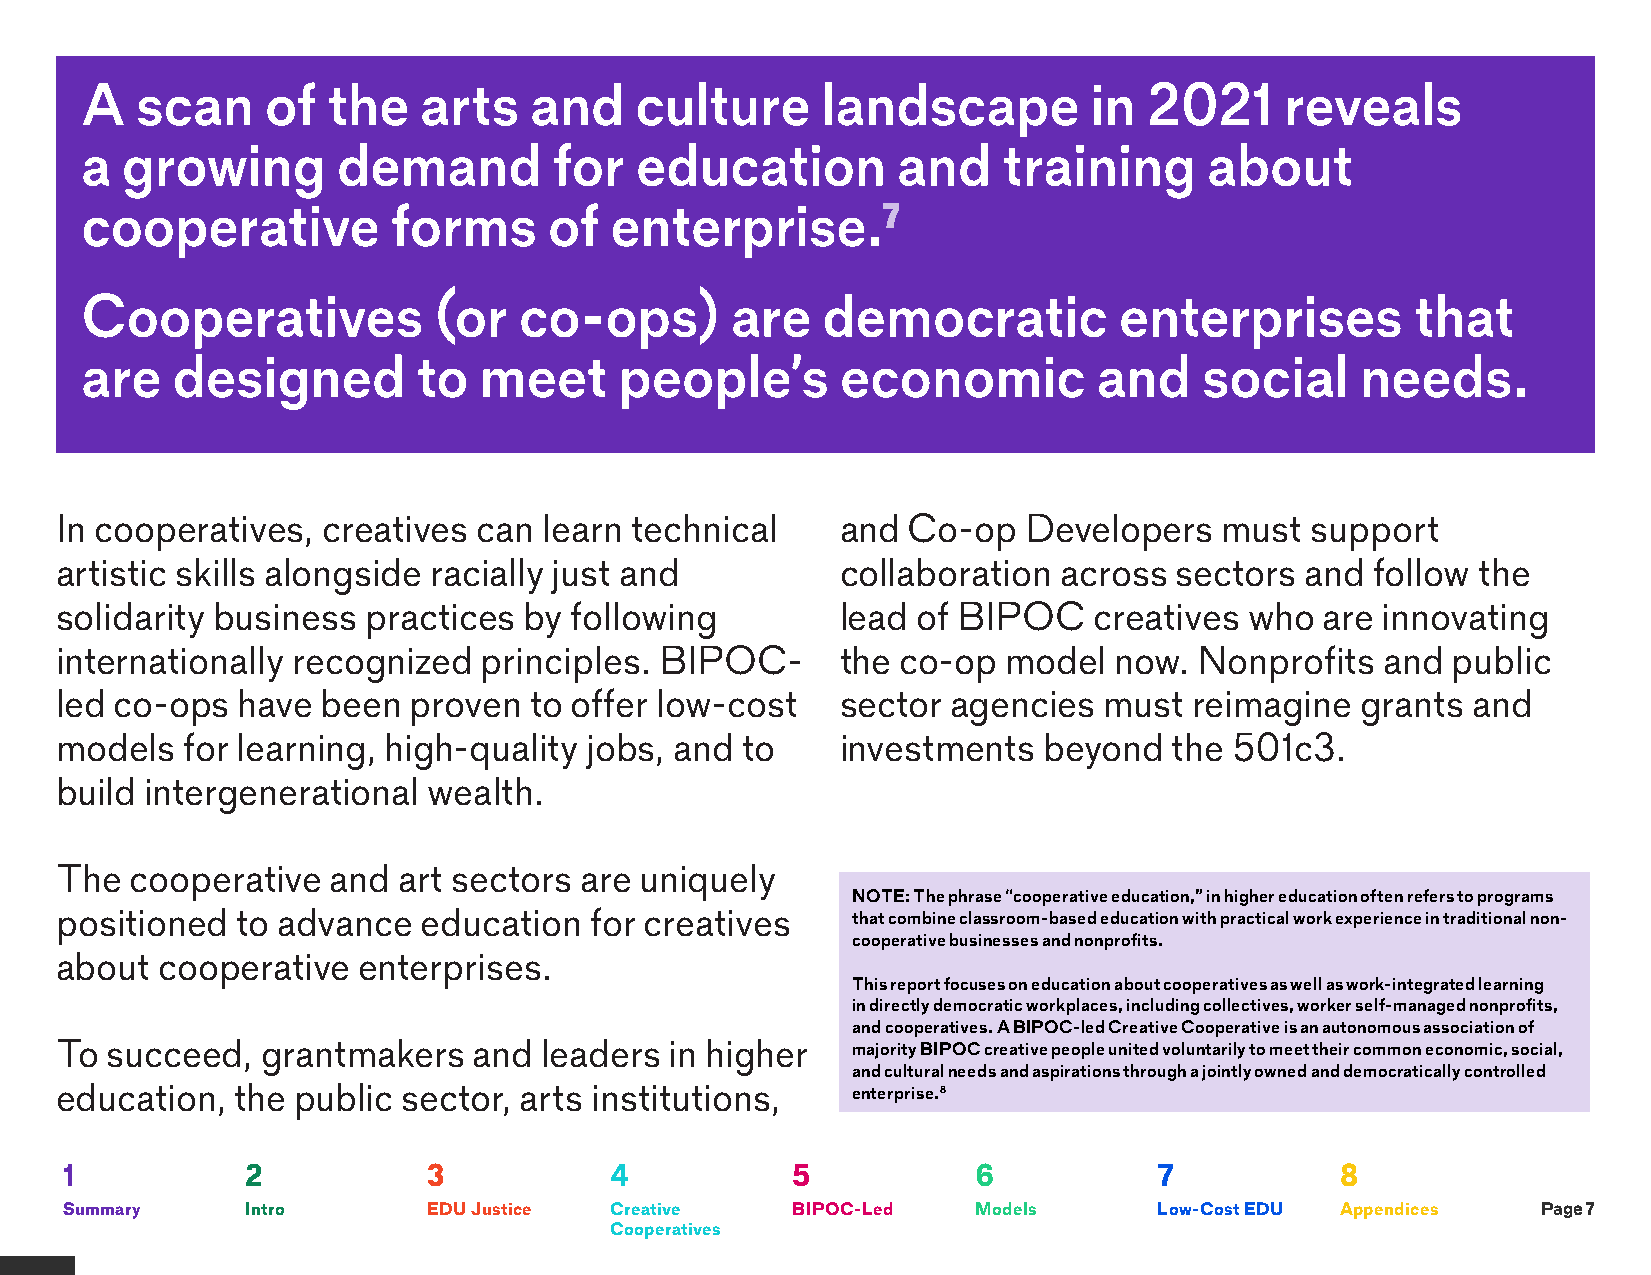
A   scan     of  the   arts   and    culture     landscape         in  2021     reveals
 a  growing       demand         for  education        and    training      about
 cooperative          forms     of  enterprise.7
 Cooperatives            (or  co-ops)       are   democratic          enterprises         that
 are   designed         to  meet     people’s       economic         and    social    needs.
 In cooperatives, creatives  can learn technical     and Co-op   Developers   must  support
 artistic skills alongside racially just and         collaboration across  sectors and  follow the
 solidarity business practices  by following         lead of BIPOC   creatives  who  are innovating
 internationally recognized  principles. BIPOC-      the co-op  model  now. Nonprofits   and public
 led co-ops  have been  proven  to offer low-cost    sector agencies  must  reimagine  grants and
 models  for learning, high-quality jobs, and to     investments  beyond   the 501c3.
 build intergenerational wealth.
 The  cooperative  and art sectors are uniquely
 NOTE: The phrase “cooperative education,” in higher education often refers to programs
 positioned  to advance  education  for creatives    that combine classroom-based education with practical work experience in traditional non-
 cooperative businesses and nonprofits.
 about cooperative   enterprises.
 This report focuses on education about cooperatives as well as work-integrated learning
 in directly democratic workplaces, including collectives, worker self-managed nonprofits,
 and cooperatives. A BIPOC-led Creative Cooperative is an autonomous association of
 To succeed,  grantmakers   and  leaders in higher   majority BIPOC creative people united voluntarily to meet their common economic, social,
 and cultural needs and aspirations through a jointly owned and democratically controlled
 education,  the public sector, arts institutions,   enterprise.8
 1           2           3           4           5            6           7           8
 Summary     Intro       EDU Justice Creative    BIPOC-Led    Models      Low-Cost EDU Appendices  Page 7
 Cooperatives